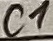
Text: C1